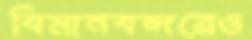
বিমানবন্দরেও